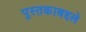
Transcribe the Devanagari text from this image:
पुस्तकाबद्दले